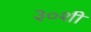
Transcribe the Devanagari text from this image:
३०शी